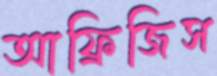
আফ্রিজিস